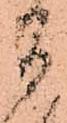
間